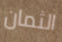
الثمان